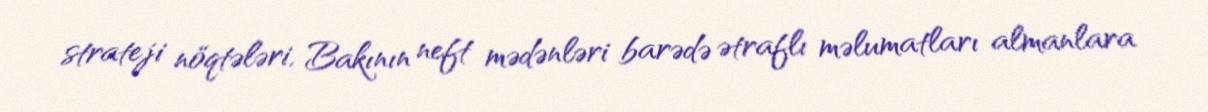
strateji nöqtələri, Bakının neft mədənləri barədə ətraflı məlumatları almanlara